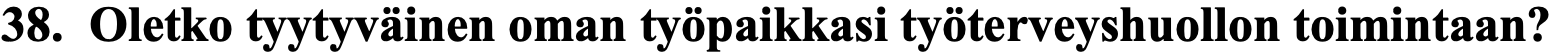
38. Oletko tyytyväinen oman työpaikkasi työterveyshuollon toimintaan?